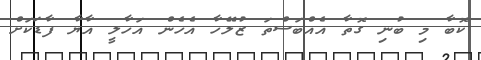
ކޮބާ މި ބުނި ގޮތާ އެއްބަސްތަ ޒުލޭހާ އެހެން އަހާލީ އާޔާ ފާޑަކަށް